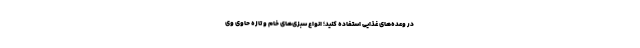
در وعده‌های غذایی استفاده کنید؛ انواع سبزی‌های خام و تازه حاوی وی